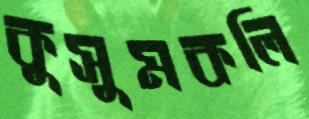
কুসুমকলি